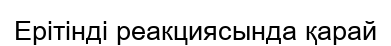
Ерітінді реакциясында қарай